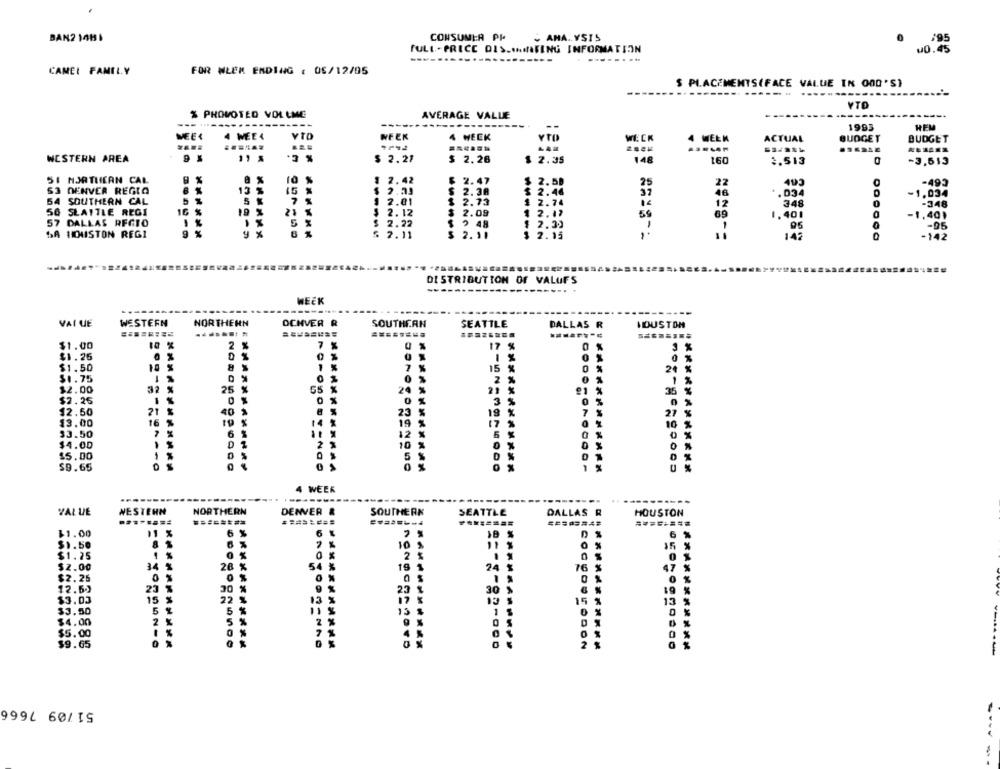
BAN2 1411
CONSUMIR PI
AMA. VSTS
195
FULL-PRICE DIS .. HMISING INFORMATION
40.45
---
.......
CAMEL FAMILY
FOR WŁEK ENDING : 06/12/05
$ PLACEMENTS(FACE VALUE IN GOD'S)
------- ------
VTD
% PROMOTED VOLLME
AVERAGE VALUE
--- -----------------
------------
1993
HEM
MEER
4 MEE4
WEEK
4 WEEK
WE CK
4 WEEK
ACTUAL
BUDGET
BUDGET
WESTERN AREA
11 &
$ 2.21
$ 2.26
$ 2.35
148
160
1.513
-3,513
51 NORTHICAN CAL
1 2.42
2.47
2.50
25
22
493
-493
S3 DENVER REGIO
13 %
15
$ 2.23
$ 2.38
$ 2.46
37
46
-1.034
54 SOUTHERN CAL
5
$ 2.73
1 2.01
2.74
12
348
56 SLATTLE REGI
19
2.12
$ 2.09
1
2.
59
69
1.401
-1,40)
57 DALLAS REGIO
5
$ 2.22
NNNNN
$ 2 48
2.30
SA HOUSTON REGI
%
$ 2.11
2.11
2.15
149
-142
DISTRIBUTION OF VALUES
WEEK
VAI UE
WESTERN
NORTHERN
OCHVER R
SOUTHERN
SEATTLE
DALLAS R
MOUSTOM
$1.00
2
7
17 %
$1.26
$1.50
7
15
24
$1.75
0
2
$2.00
2
55
21
$2.25
1
3
12.50
21
23
19
21
13.00
16
19
17
33.50
12
$4.00
2 %
10
0
15.00
$9.65
4 WEEK
--------
-----
----
-----
VALUE
WESTERN
NORTHERN
DENVER &
SOUTHERN
SEATTLE
DALLAS R
HOUSTON
$1.00
11 %
6 %
18 %
6
$1.50
81
7 %
10 $
15
$1.25
1 %
0 %
2 %
0
$2.00
26
54 %
19
24 %
76
47
$2.26
0 %
0
61
12.50
23
30
9 %
23
30
$3.03
15
22
15
15
5
15
1
$4.00
$9.65
***********
51/09 7666